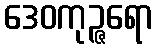
ဒေဝကုဉ္ဇရော